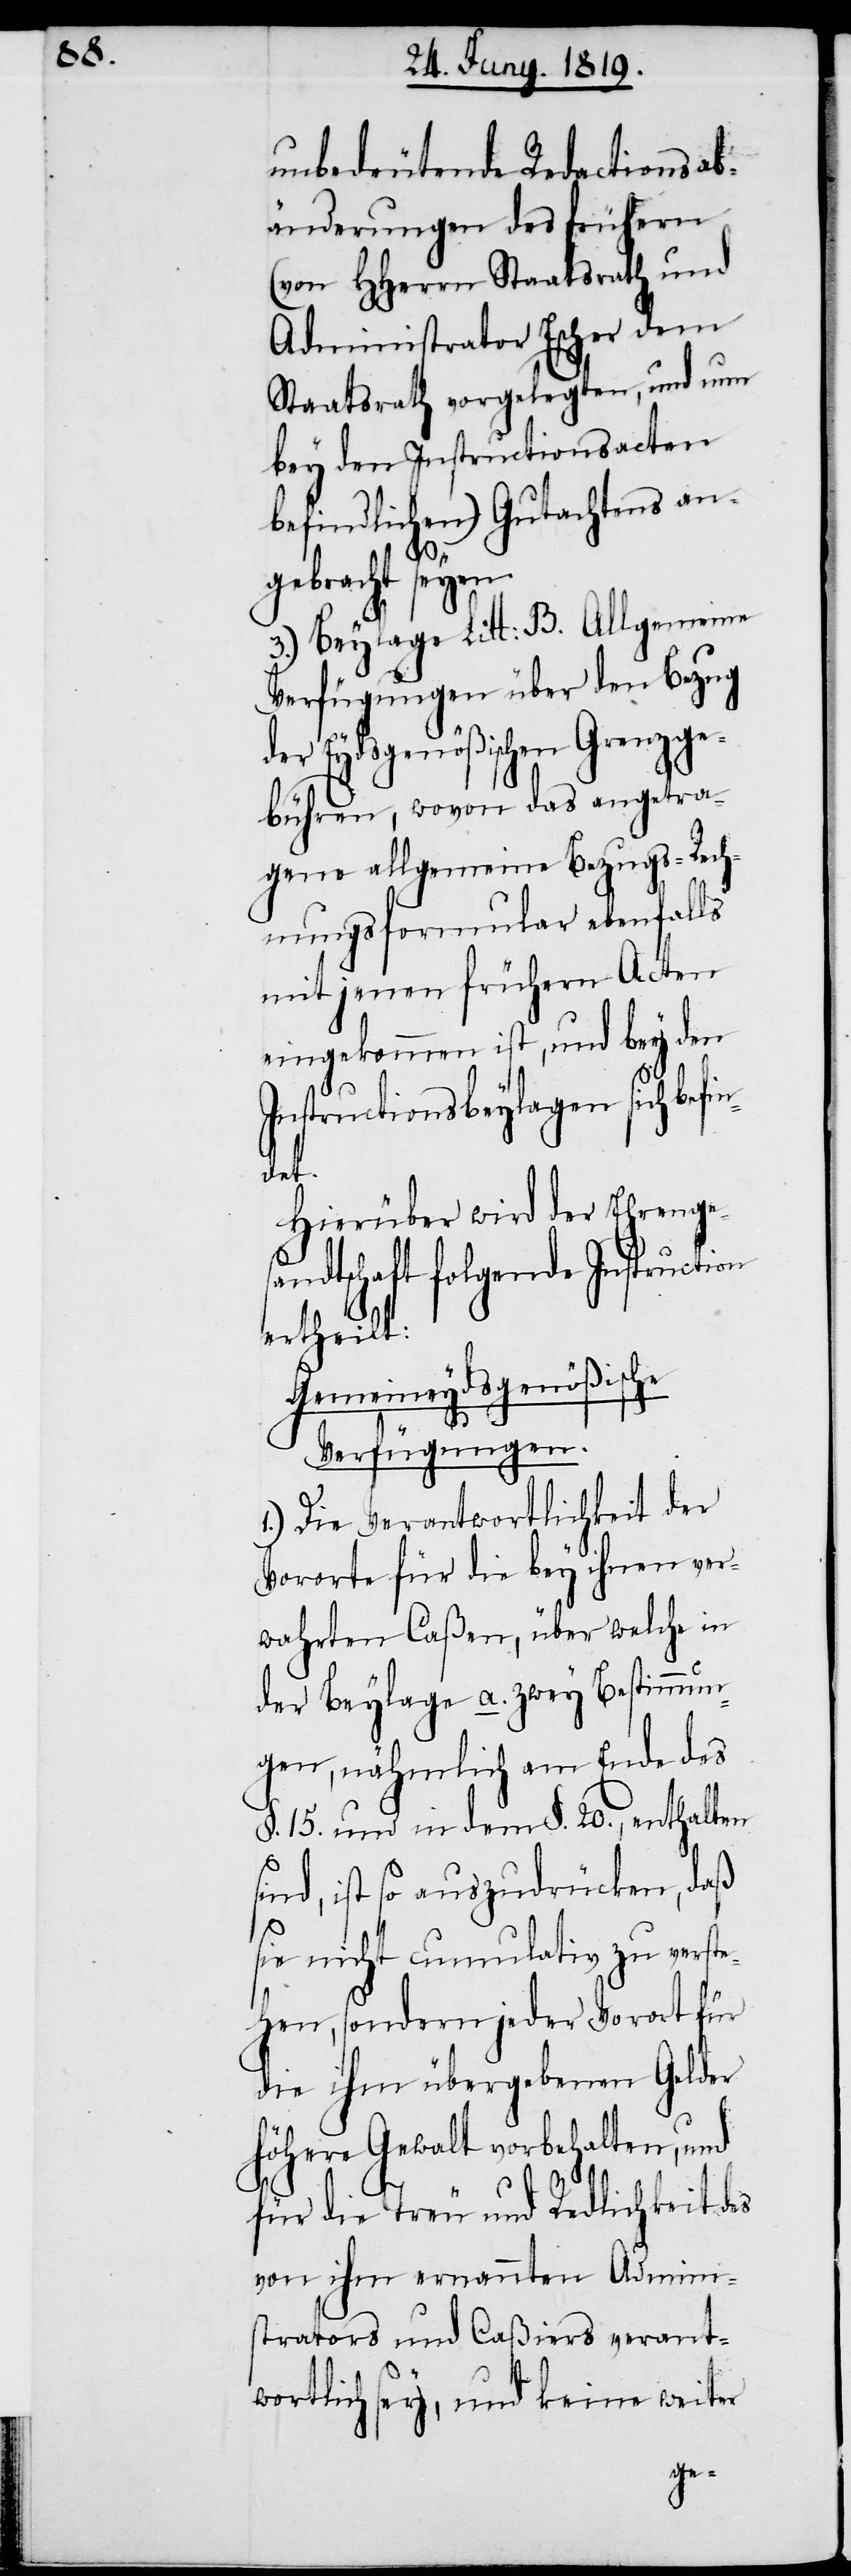
unbedeutende Redactionsab¬
änderungen des frühern
(von HHerrn Staatsrath und
Administrator Escher dem
Staatsrath vorgelegten, und nun
bey den Instructionsacten
befindlichen) Gutachtens an¬
gebracht seyen.
3.) Beylage Litt: B. Allgemeine
Verfügungen über den Bezug
der Eydsgenößischen Grenzge¬
bühren, wovon das angetra¬
gene allgemeine Bezugs-Rech¬
nungsformular ebenfalls
mit jenen frühern Acten
eingekommen ist, und bey den
Instructionsbeylagen sich bef¬
indet.
Hierüber wird der Ehrenges¬
andtschaft folgende Instruction
ertheilt:
Gemeineydsgenößische
Verfügungen.
1.) Die Verantwortlichkeit der
Vororte für die bey ihnen ver¬
wahrten Caßen, über welche in
der Beylage a. zwey Bestimmun¬
gen, nähmlich am Ende des
§. 15. und in dem §. 20., enthalten
sind, ist so auszudrücken, daß
sie nicht cumulativ zu verste¬
hen, sondern jeder Vorort für
die ihm übergebenen Gelder
höhere Gewalt vorbehalten, und
für die Treu und Redlichkeit des
von ihm ernannten Admini¬
strators und Caßiers verant¬
wortlich sey, und keine weiter